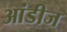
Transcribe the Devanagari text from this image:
आंडीज